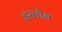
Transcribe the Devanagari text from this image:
इस्लोम